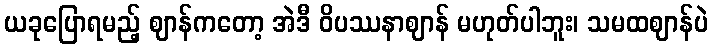
ယခုပြောရမည့် ဈာန်ကတော့ အဲဒီ ဝိပဿနာဈာန် မဟုတ်ပါဘူး၊ သမထဈာန်ပဲ